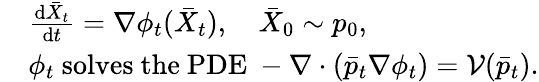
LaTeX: \begin{array}{rl}&{\frac{\mathrm{d}\bar{X}_{t}}{\mathrm{d}t}=\nabla\phi_{t}(\bar{X}_{t}),\quad\bar{X}_{0}\sim p_{0},}\\ &{\phi_{t}\mathrm{~solves~the~PDE~}-\nabla\cdot(\bar{p}_{t}\nabla\phi_{t})=\mathcal V(\bar{p}_{t}).}\end{array}